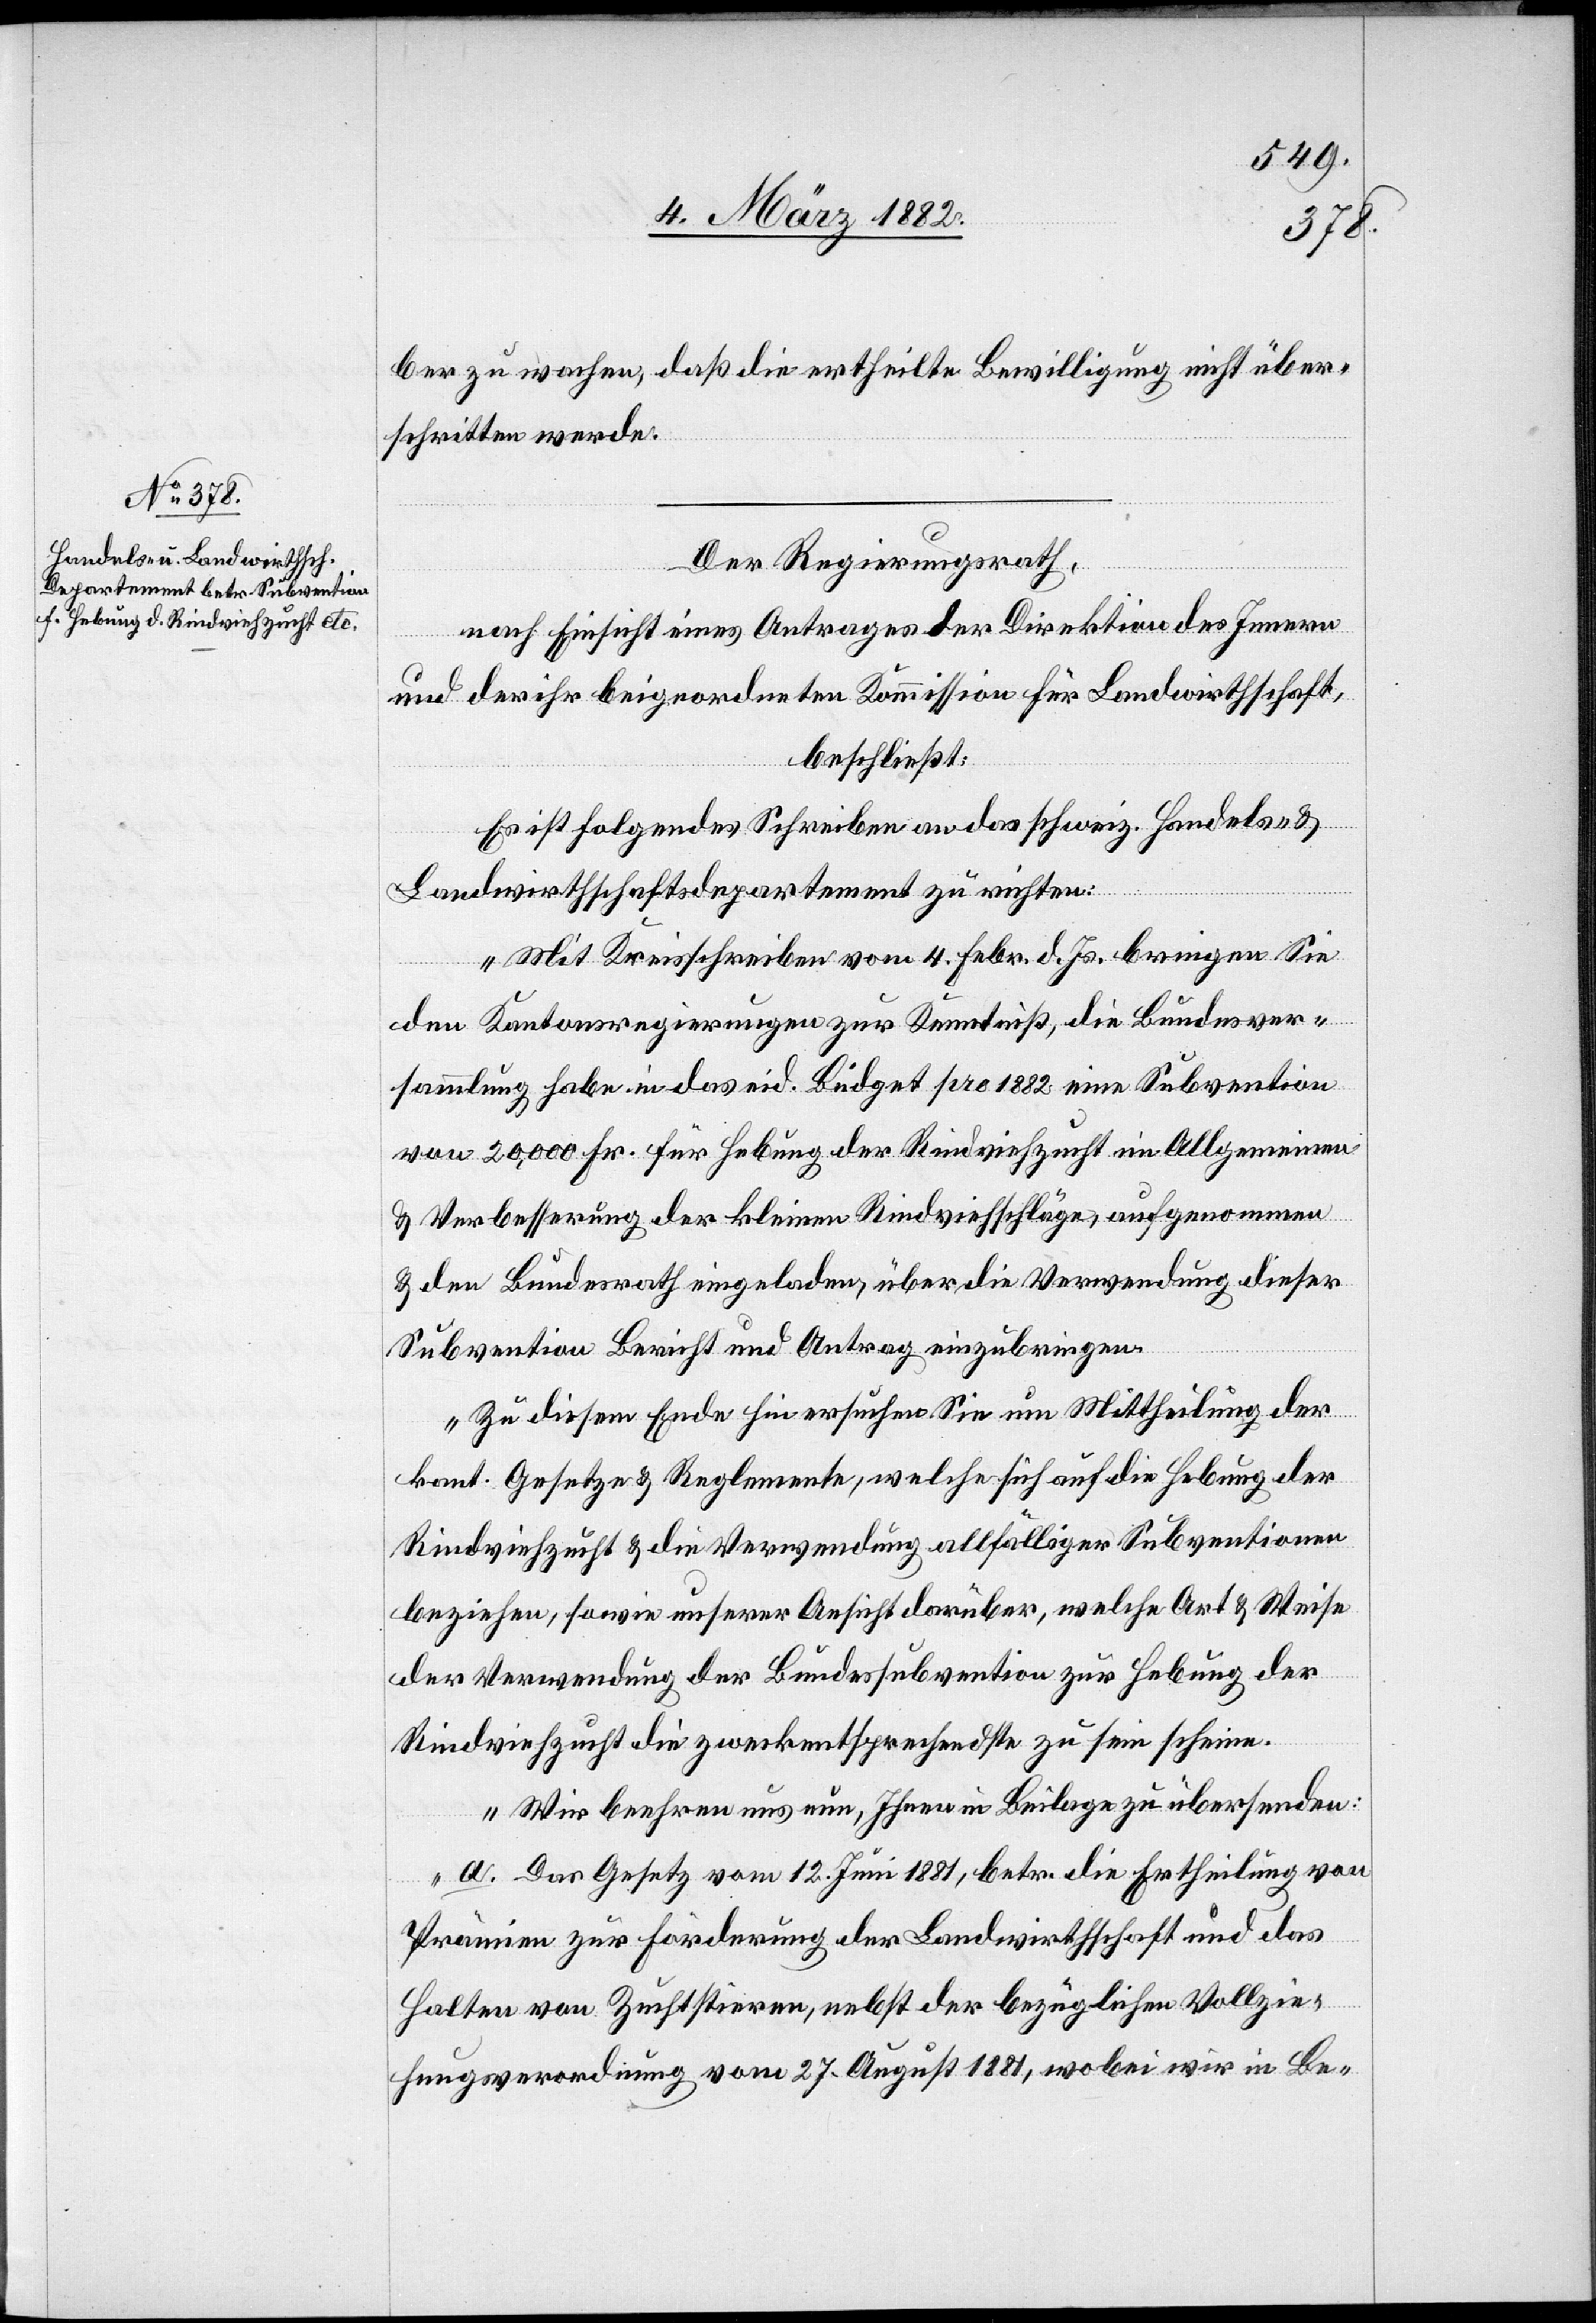
ber zu wachen, daß die ertheilte Bewilligung nicht über¬
schritten werde.
Der Regierungsrath,
nach Einsicht eines Antrages der Direktion des Innern
und der ihr beigeordneten Kommission für Landwirthschaft,
beschließt:
Es ist folgendes Schreiben an das schweiz. Handels- &
Landwirthschaftsdepartement zu richten:
„Mit Kreisschreiben vom 4. Febr. d. Js. bringen Sie
den Kantonsregierungen zur Kenntniß, die Bundesver¬
sammlung habe in das eid. Büdget pro 1882 eine Subvention
von 20,000 Fr. für Hebung der Rindviehzucht im Allgemeinen
& Verbesserung der kleinen Rindviehschläge, aufgenommen
& den Bundesrath eingeladen, über die Verwendung dieser
Subvention Bericht und Antrag einzubringen.
Zu diesem Ende hin ersuchen Sie um Mittheilung der
kant. Gesetze & Reglemente, welche sich auf die Hebung der
Rindviehzucht & die Verwendung allfälliger Subventionen
beziehen, sowie unserer Ansicht darüber, welche Art & Weise
der Verwendung der Bundessubvention zur Hebung der
Rindviehzucht die zweckentsprechendste zu sein scheine.
Wir beehren uns nun, Ihnen in Beilage zu übersenden:
a. Das Gesetz vom 12. Juni 1881, betr. die Ertheilung von
Prämien zur Forderung der Landwirthschaft und das
Halten von Zuchtstieren, nebst der bezüglichen Vollzie¬
hungsverordnung vom 27. August 1881, wobei wir in Be-